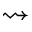
\rightsquigarrow